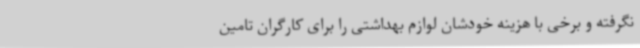
نگرفته و برخی با هزینه خودشان لوازم بهداشتی را برای کارگران تامین